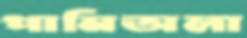
পানিঅলা